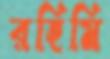
রহিমি